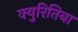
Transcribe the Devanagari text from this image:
क्युरितिबा